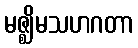
မဇ္ဈိမသဟဂတာ